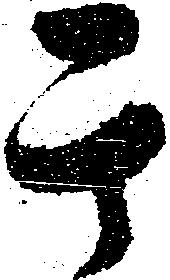
其